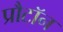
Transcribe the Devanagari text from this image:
प्रौटॉन